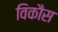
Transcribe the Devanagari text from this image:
विकाैस